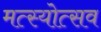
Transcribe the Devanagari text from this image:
मत्स्योत्सव